Annual administration report of the Civil Veterinary Department of India - 1894-1895
Year: 1894
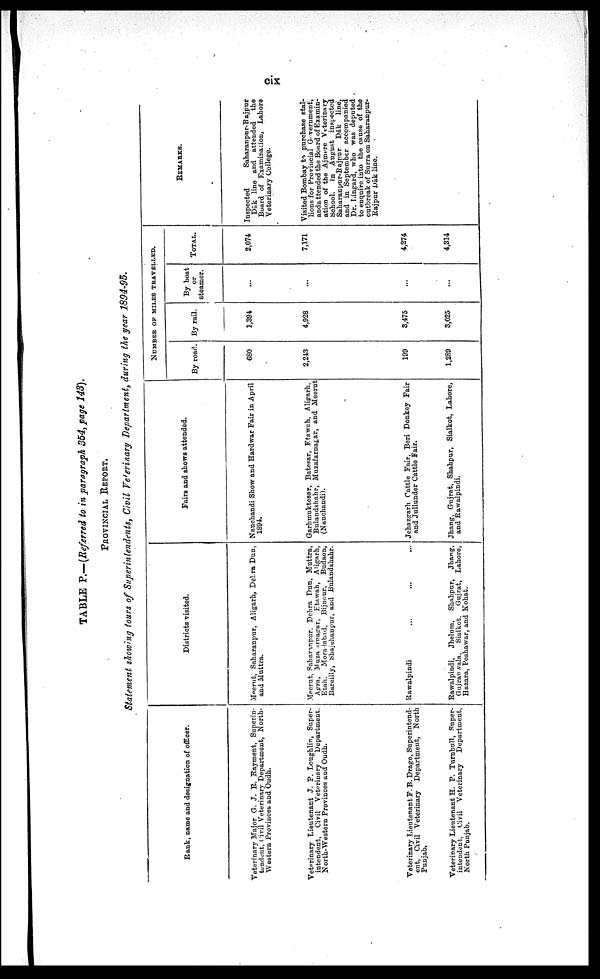
cix
TABLE P.—(Referred to in paragraph 354, page 143).
PROVINCIAL REPORT.
Statement showing fours of Superintendents, Civil Veterinary Department, during the year 1894-95.
Rank, name and designation of officer.
Veterinary Major G. J. R. Rayment, Superin-
tendent, Civil Veterinary Department, North¬
Western Provinces and Oudh.
Veterinary Lieutenant J. P. Loughlin, Super-
intendent, Civil Veterinary
Department.
North-Western Provinces and Oudh.
Veterinary Lieutenant F. B. Drage, Superintend-
ent, Civil Veterinary Department, North
Punjab.
Veterinary Lieutenant H. P. Turnbull, Super-
intendent, Civil Veterinary
Department,
North Punjab.
Districts visited.
Meerut, Saharanpur, Aligarh, Dehra Dun,
and Muttra.
Meerut, Saharanpur. Dehra Dun, Muttra,
Agra, Muza arnagrar, Etawah, Aligarh,
Etah,
Moradabad,
Bijnour,
Budaon,
Bareilly, Shajehanpur, and Bulandshahr.
Rawalpindi
...
...
...
Rawalpindi,
Jhelum,
Shahpur,
Jhang,
Gujranwala,
Sialkot,
Gujrat, Lahore,
Hazara, Peshawar, and Kohat.
Fairs and shows attended.
Nanchandi Show and Hardwar Fair in April
1894.
Garhmuktesar, Batesar, Etawah, Aligarh,
Bulandshahr, Muzafarnagar, and Meerut
(Nauchandi).
Jehazgarh Cattle Fair, Beri Donkey Fair
and Jullunder Cattle Fair.
Jhang, Gujrat, Shahpur, Sialkot, Lahore,
and Rawalpindi.
NUMBER
OF
MILES
TRAVELLED.
By road.
680
2,243
199
1,289
By rail.
1,394
4,928
3,475
3,025
By boat
or
steamer.
...
...
...
...
TOTAL.
2,074
7,171
4,274
4,314
REMARKS.
Inspected
Saharanpur-Rajpur
Dâk line and attended
the
Board of Examination, Lahore
Veterinary College.
Visited Bombay to purchase stal-
lions for Provincial Government,
andattended the Board of Examin-
ation of the Ajmere Veterinary
School.
In August inspected
Saharanpur-Rajpur
Dâk
line,
and in September accompanied
Dr. Lingard, who was deputed
to enquire into the cause of the
outbreak of Surra on Saharanpur¬
Rajpur Dâk line.